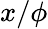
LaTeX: x/\phi